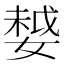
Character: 𡠃